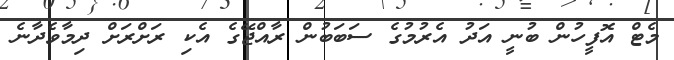
މެޓް އޮފީހުން ބުނީ އަދު އެރުމުގެ ސަބަބުން ރާއްޖޭގެ އެކި ރަށްރަށް ދިމާވެދާނެ